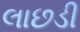
લાછડી